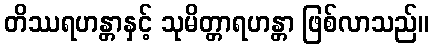
တိဿရဟန္တာနှင့် သုမိတ္တာရဟန္တာ ဖြစ်လာသည်။